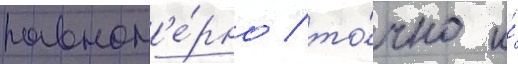
равном'е́рно / то́чно и́